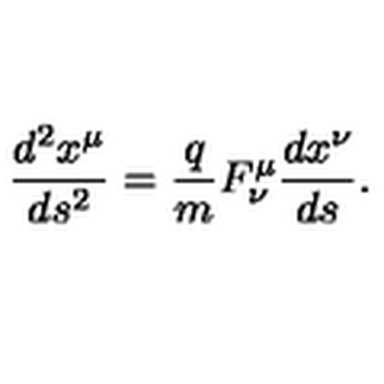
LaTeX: \frac { d ^ { 2 } x ^ { \mu } } { d s ^ { 2 } } = \frac { q } { m } F _ { \nu } ^ { \mu } \frac { d x ^ { \nu } } { d s } .